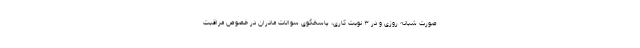
صورت شبانه روزی و در ۳ نوبت کاری، پاسخگوی سوالات مادران در خصوص مراقبت